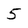
Character: 5